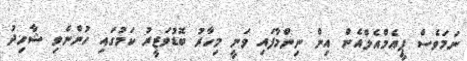
ނަމަވެސް ޕީއެމްއެލްއެން އިން ނިންމާފައި ވަނީ މިހާރު ބޮޑުވަޒީރު ކަމުގައި ހުންނެވި ޝާހިދު